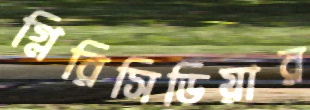
গ্লিরিসিডিয়ার